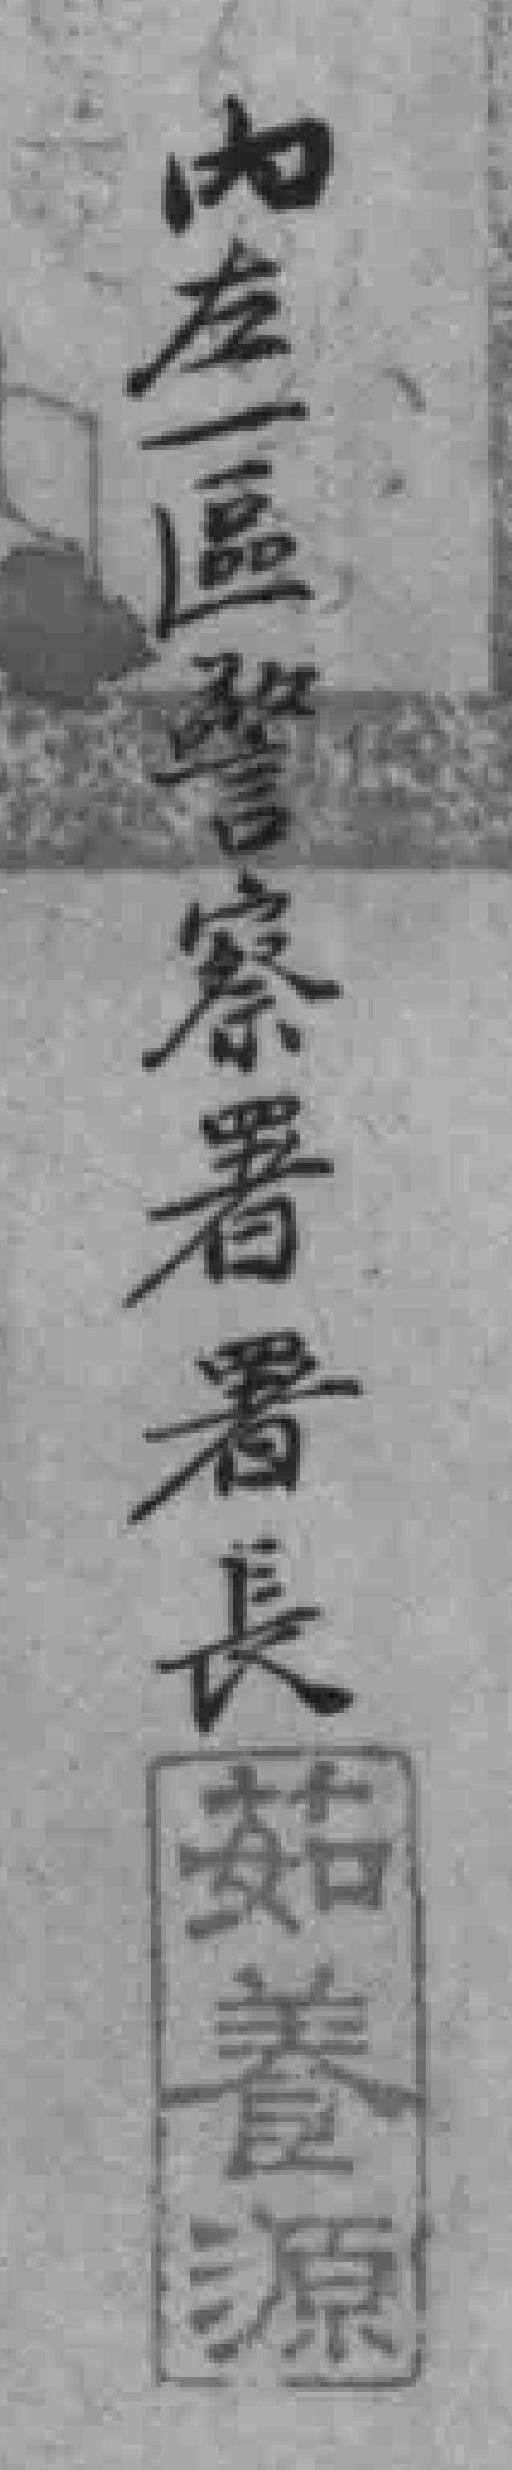
内左一區警察著署長茹養源